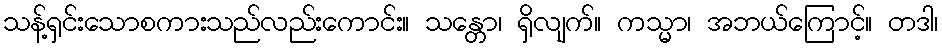
သန့်ရှင်းသောစကားသည်လည်းကောင်း။ သန္တော၊ ရှိလျက်။ ကသ္မာ၊ အဘယ်ကြောင့်။ တဒါ၊